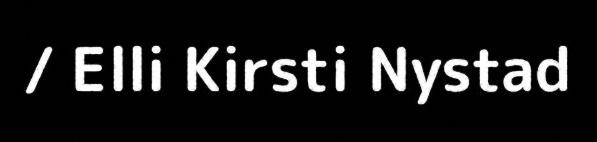
/ Elli Kirsti Nystad